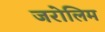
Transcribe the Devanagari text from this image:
जरोलिम